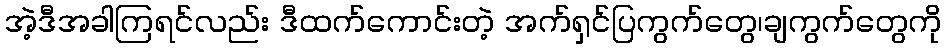
အဲ့ဒီအခါကြရင်လည်း ဒီထက်ကောင်းတဲ့ အက်ရှင်ပြကွက်တွေ၊ချကွက်တွေကို